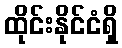
ထိုင်းနိုင်ငံရှိ